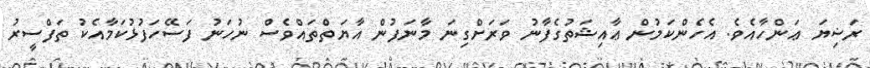
ރަޟިޔަ ޢަންހާއެވެ. އެހެންކަމުން ޢާއިޝަތުގެފާނު ވަރަށްގިނަ މާނަފުން އާޔަތްތައްވެސް ނުހަނު ފަސޭހަފުޅުކަމާއެކު ތަފްސީރު